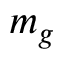
m _ { g }